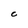
Character: C